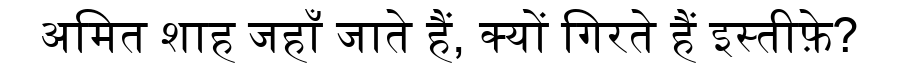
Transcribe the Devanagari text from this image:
अमित शाह जहाँ जाते हैं, क्यों गिरते हैं इस्तीफ़े?